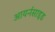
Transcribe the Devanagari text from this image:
आयर्नसाइड